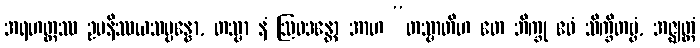
အရဟတ္တဿ ဥပနိဿယသမ္ပန္နော, တသ္မာ နံ ဩဝဒန္တော အာဟ “တသ္မာတိဟ တေ ဘိက္ခု ဧဝံ သိက္ခိတဗ္ဗံ, အဇ္ဈတ္တံ